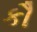
કૌ